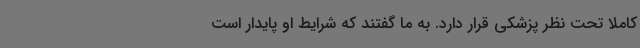
کاملا تحت نظر پزشکی قرار دارد. به ما گفتند که شرایط او پایدار است